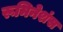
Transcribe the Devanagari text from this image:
रूमिनेशंस